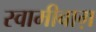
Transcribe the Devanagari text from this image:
स्वामीबाग़